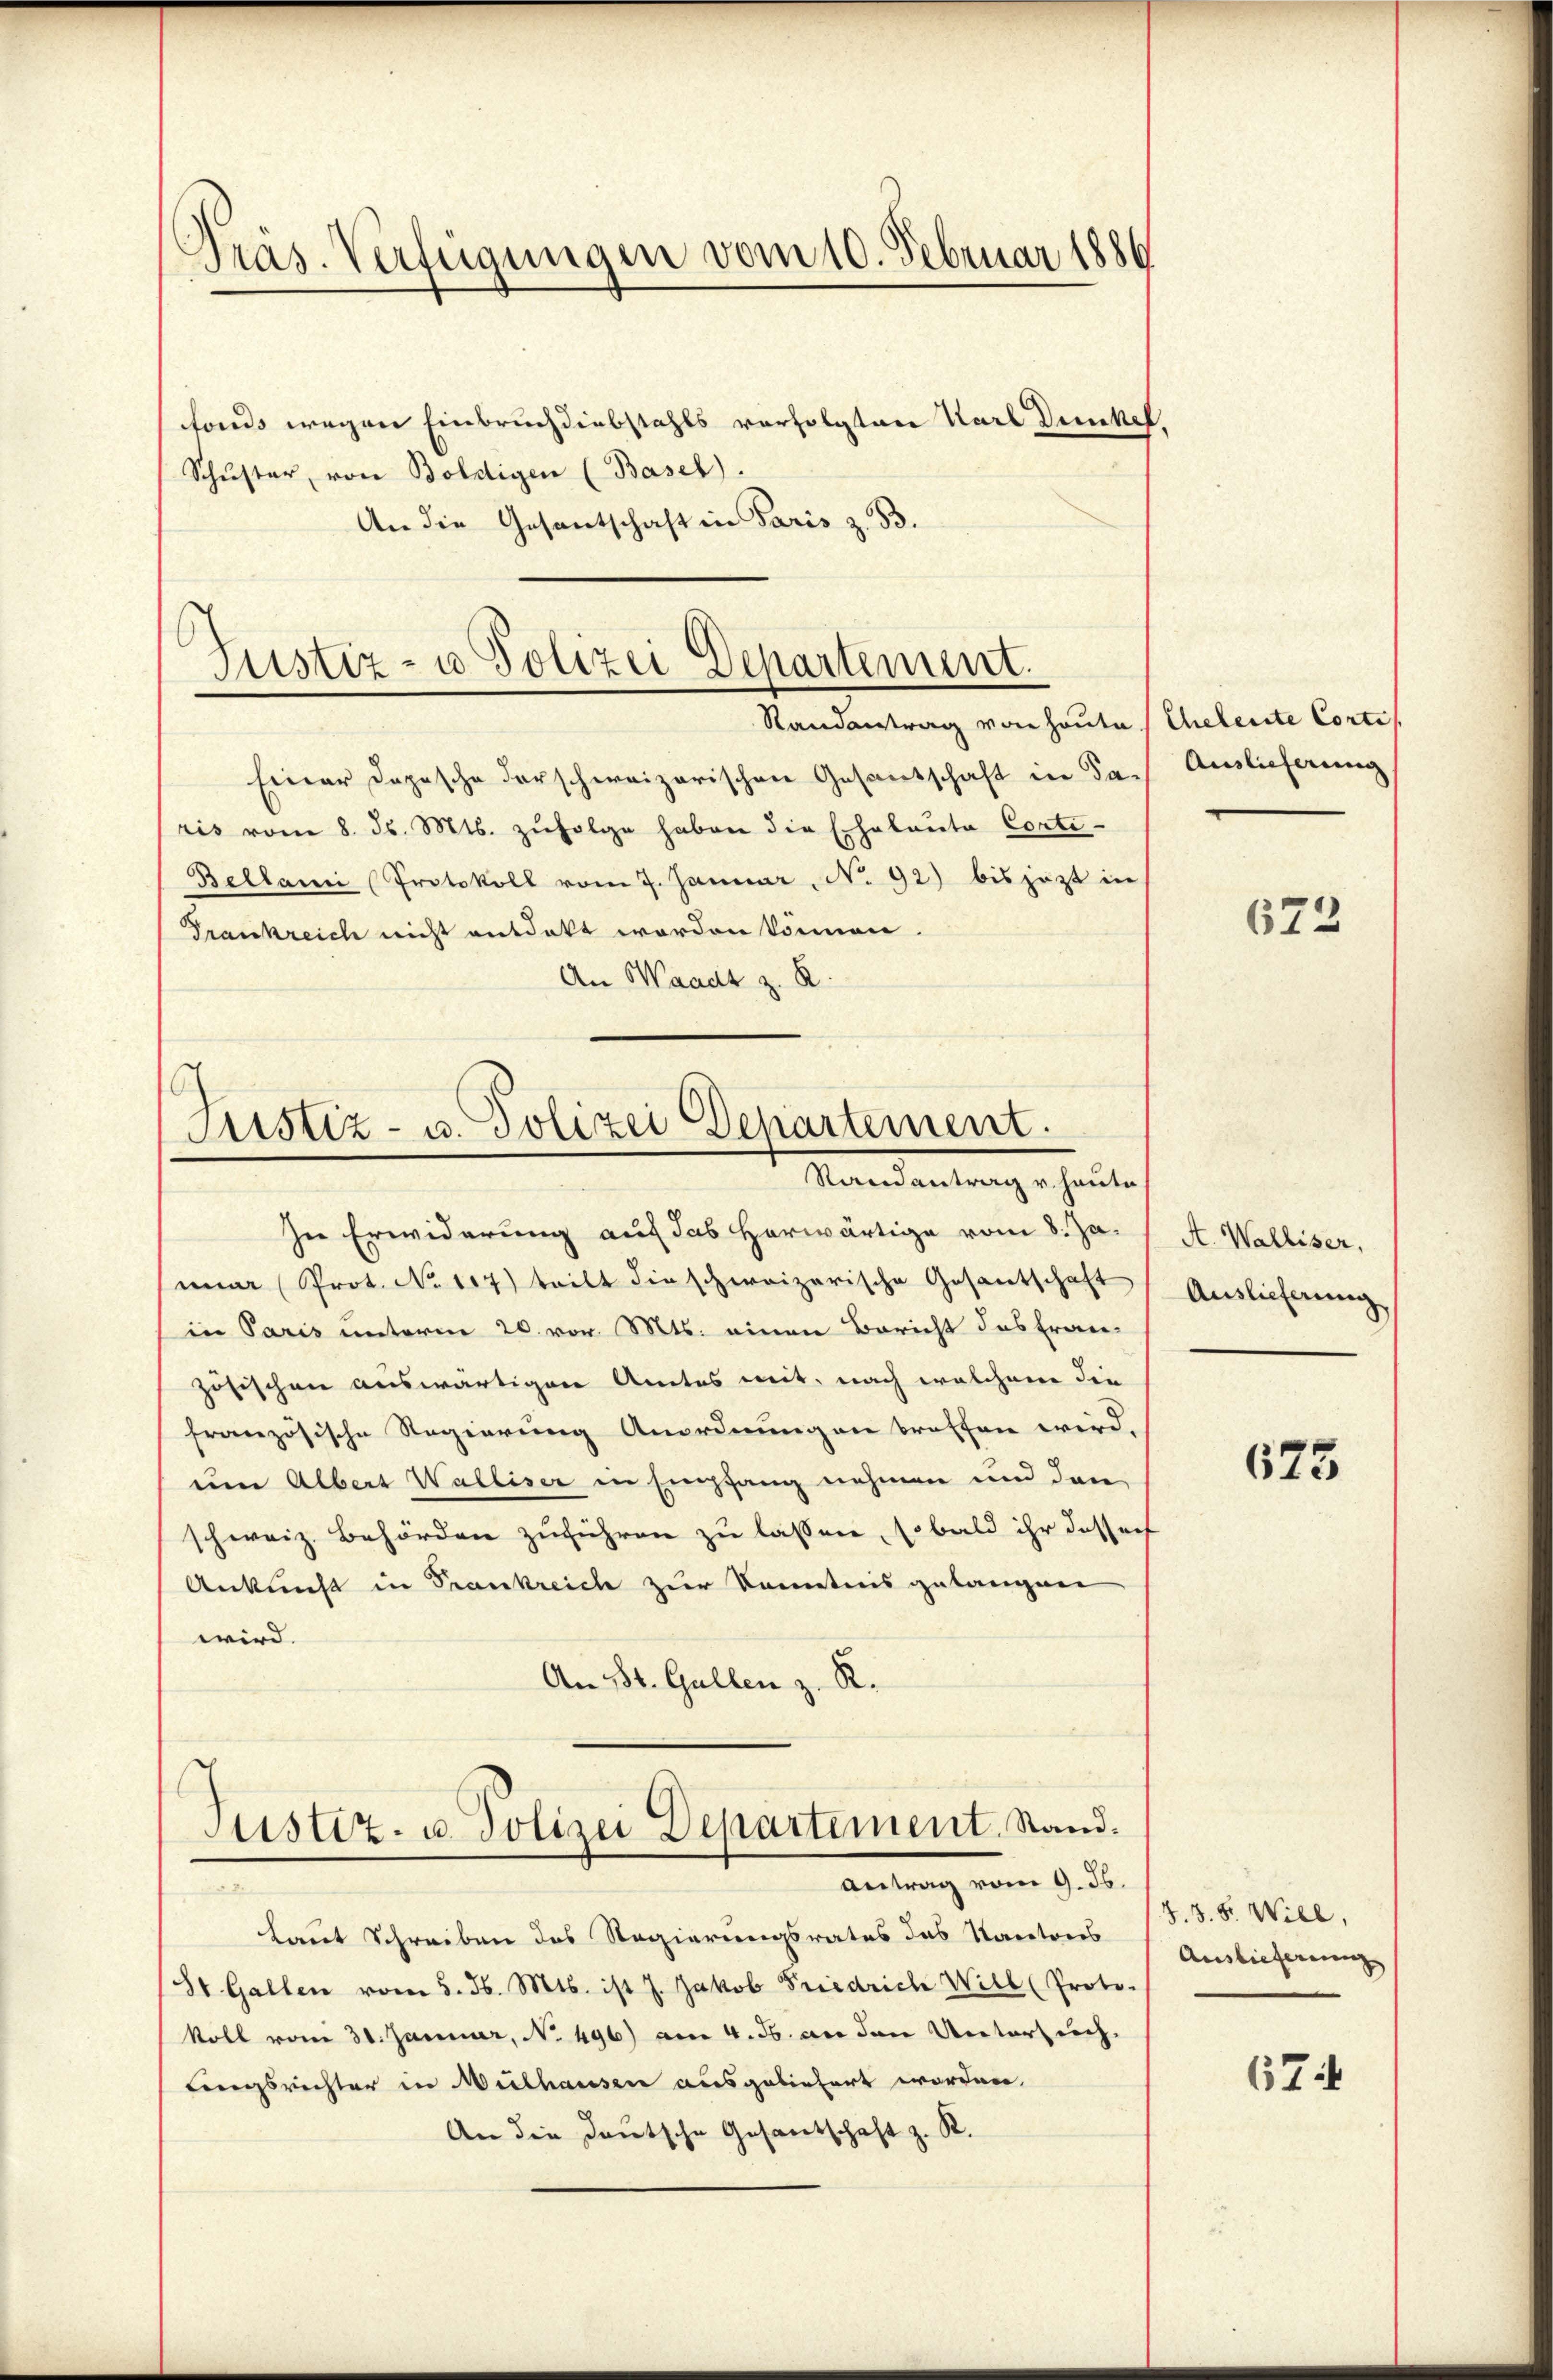
Präs. Verfügungen vom 10. Februar 1886

fonds wegen Einbruch diebstahls verfolgten Karl Dunkel,
Schŭster, von Boldigen (Basel).
An die Gesantschaft in Paris z. B.

Justiz- u Polizei Departement.

Randantrag von heute
Einer Dopische derschweizerischen Gesantschaft in da-
ris vom 8. d. Mts. zŭfolge haben die Echalaute Corti-
Bellarii Protokoll vom 7. Januar, No. 92) bis jezt in
Trankreich nicht entdekt worden können.
An Waadt z. R.

Justiz- u. Polizei Departement.
Randantrag v. heute

In Erwiderung auf das herwärtige vom 8. Jamar (Prot. No 117) teilt die schweizerische Gesantschaft
in Paris unterm 20. vor. Mts. einen Bericht das fran-
zösischen auswärtigere Amtes mit, nach welchem die
französische Regierung Anordnungen treffen wird.
um Albert Walliser in Empfang nehmen und den
schweiz. Behörden zuführen zu lassen, so bald ihr dasser
Ankunft in Frankreich zur Kenntnis gelangen
wird.
An 18t. Gallen z. R.

Justiz- u. Polizei Departement. Stand.
Antrag vom 9. ds.

Laut Schreiben des Regierungsrates das Kantons
(St. Gallen vom 5. d. Mts. ist J. Jakob Friedrich Will (Proto-
koll vom 31. Januar, No. 496) am 4. ds. an den Unterzeich
lingsrichter in Weilhausen ausgeliefert worden.
An die deutsche Gesantschaft z. R.

Cheleute Corti
Auslieferung

672.

A. Walliser,
Auslieferung

675

§.8. 8. Will,
Auslieferung

674